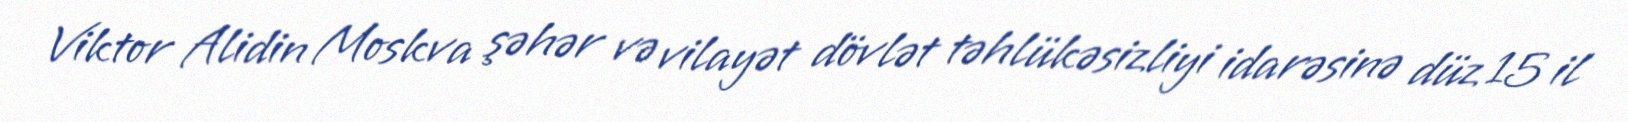
Viktor Alidin Moskva şəhər və vilayət dövlət təhlükəsizliyi idarəsinə düz 15 il